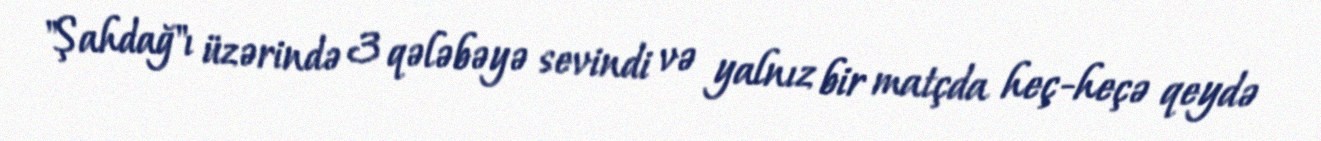
"Şahdağ"ı üzərində 3 qələbəyə sevindi və yalnız bir matçda heç-heçə qeydə